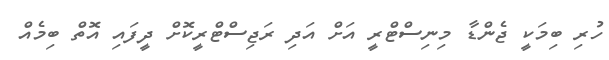
ހުރި ބިމަކީ ޖެންޑާ މިނިސްޓްރީ އަށް އަދި ރަޖިސްޓްރީކޮށް ދީފައި އޮތް ބިމެއް